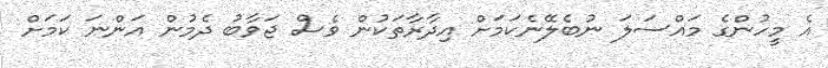
އެ މީހުންގެ މައްސަލަ ނުބެލޭނެކަމަށް އިދާރާތަކުން ވެސް ޖަވާބު ދެމުން އަންނަ ކަަމަށް